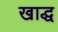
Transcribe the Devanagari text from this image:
खाद्ध